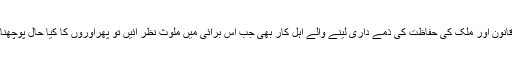
قانون اور ملک کی حفاظت کی ذمّے داری لینے والے اہل کار بھی جب اس برائی میں ملوث نظر آئیں تو پھراوروں کا کیا حال پوچھنا۔